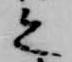
之